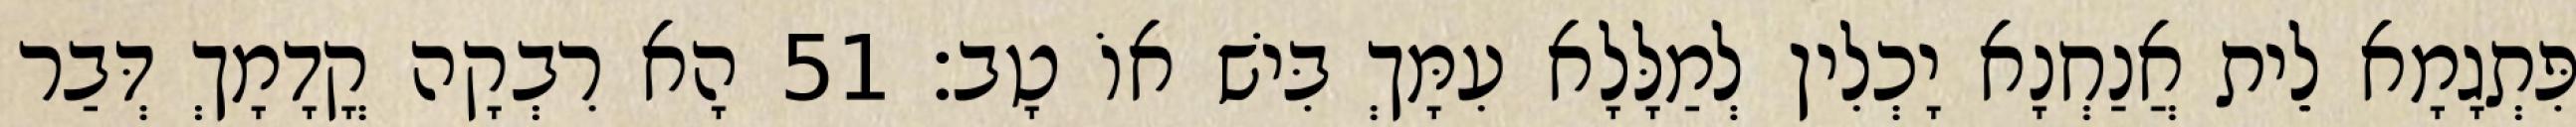
פִּתְגָמָא לֵית אֲנַחְנָא יָכְלִין לְמַלָּלָא עִמָּךְ בִּישׁ אוֹ טָב׃ 51 הָא רִבְקָה קֳדָמָךְ דְּבַר